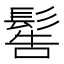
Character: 䯻